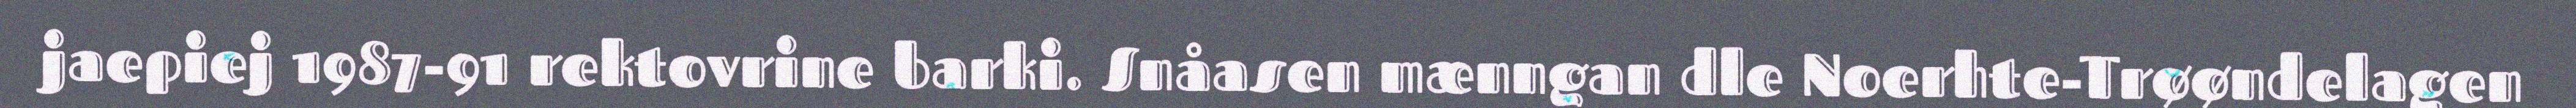
jaepiej 1987-91 rektovrine barki. Snåasen mænngan dle Noerhte-Trøøndelagen